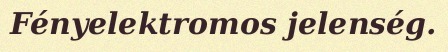
Fényelektromos jelenség.